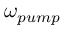
\omega _ { p u m p }